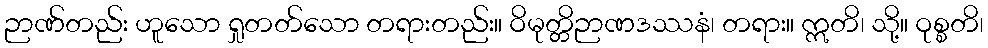
ဉာဏ်တည်း ဟူသော ရှုတတ်သော တရားတည်း။ ဝိမုတ္တိဉာဏဒဿနံ၊ တရား။ ဣတိ၊ သို့။ ဝုစ္စတိ၊